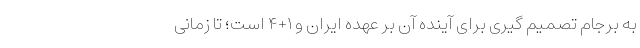
به برجام تصمیم گیری برای آینده آن بر عهده ایران و ۱+۴ است؛ تا زمانی